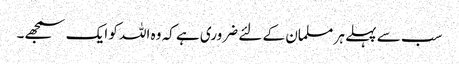
سب سے پہلے ہر مسلمان کے لئے ضروری ہے کہ وہ اللہ کو ایک سمجھے۔